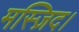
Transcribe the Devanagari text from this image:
मस्ज़िद।